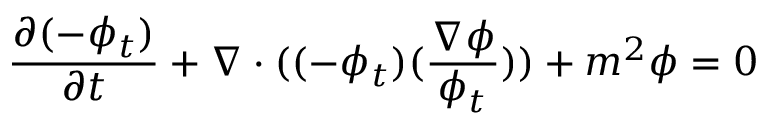
\frac { \partial ( - \phi _ { t } ) } { \partial t } + \nabla \cdot ( ( - \phi _ { t } ) ( \frac { \nabla \phi } { \phi _ { t } } ) ) + m ^ { 2 } \phi = 0